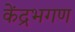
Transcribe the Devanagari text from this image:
केंद्रभगण